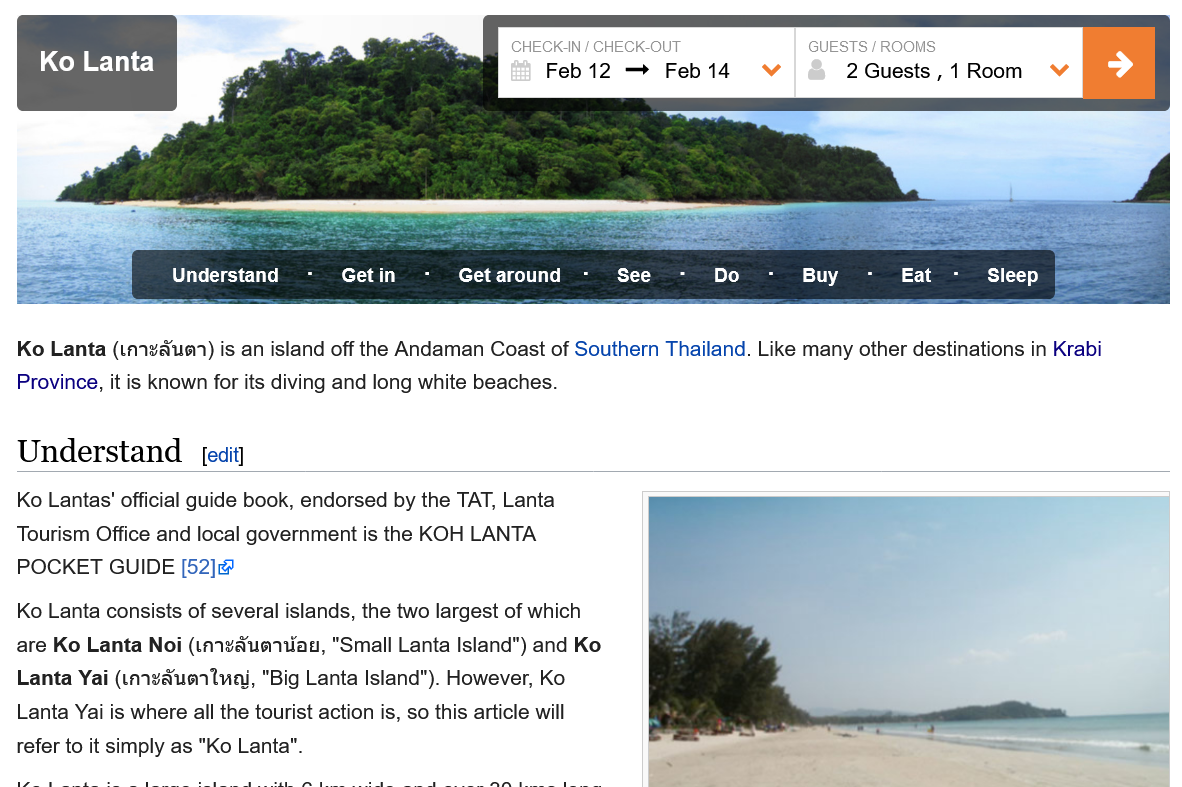
Ko  Lanta
     2 Guests
     ,
     1 Ro

     Understand  -  Getin   -  Getaround  -  See  -   Do  -
     Buy
     -  Eat  -
     Sleep
     IECK-IN / CHECK-OUT
     Feb12   —  Feb 14
     GUESTS
     /
     ROOMS
     2 Guests
     ,
     1 Room
     Understand    Get in    PTT Get around Do Buy    Eat    Sleep
  Ko Lanta (ta1va'um)) is an island off the Andaman Coast of Southern Thailand. Like many other destinations in Krabi
  Province, it is known for its diving and long white beaches.
  Understand
  Ko Lantas' official guide book, endorsed by the TAT, Lanta
  Tourism Office and local government is the KOH LANTA
  POCKET  GUIDE [52]@
  Ko Lanta consists of several islands, the two largest of which
  are Ko Lanta Noi (taqva'uatian, "Small Lanta Island") and Ko
  Lanta Yai (umvauertuai, "Big Lanta Island"). However, Ko
  Lanta Yai is where all the tourist action is, so this article will
  refer to it simply as "Ko Lanta”.